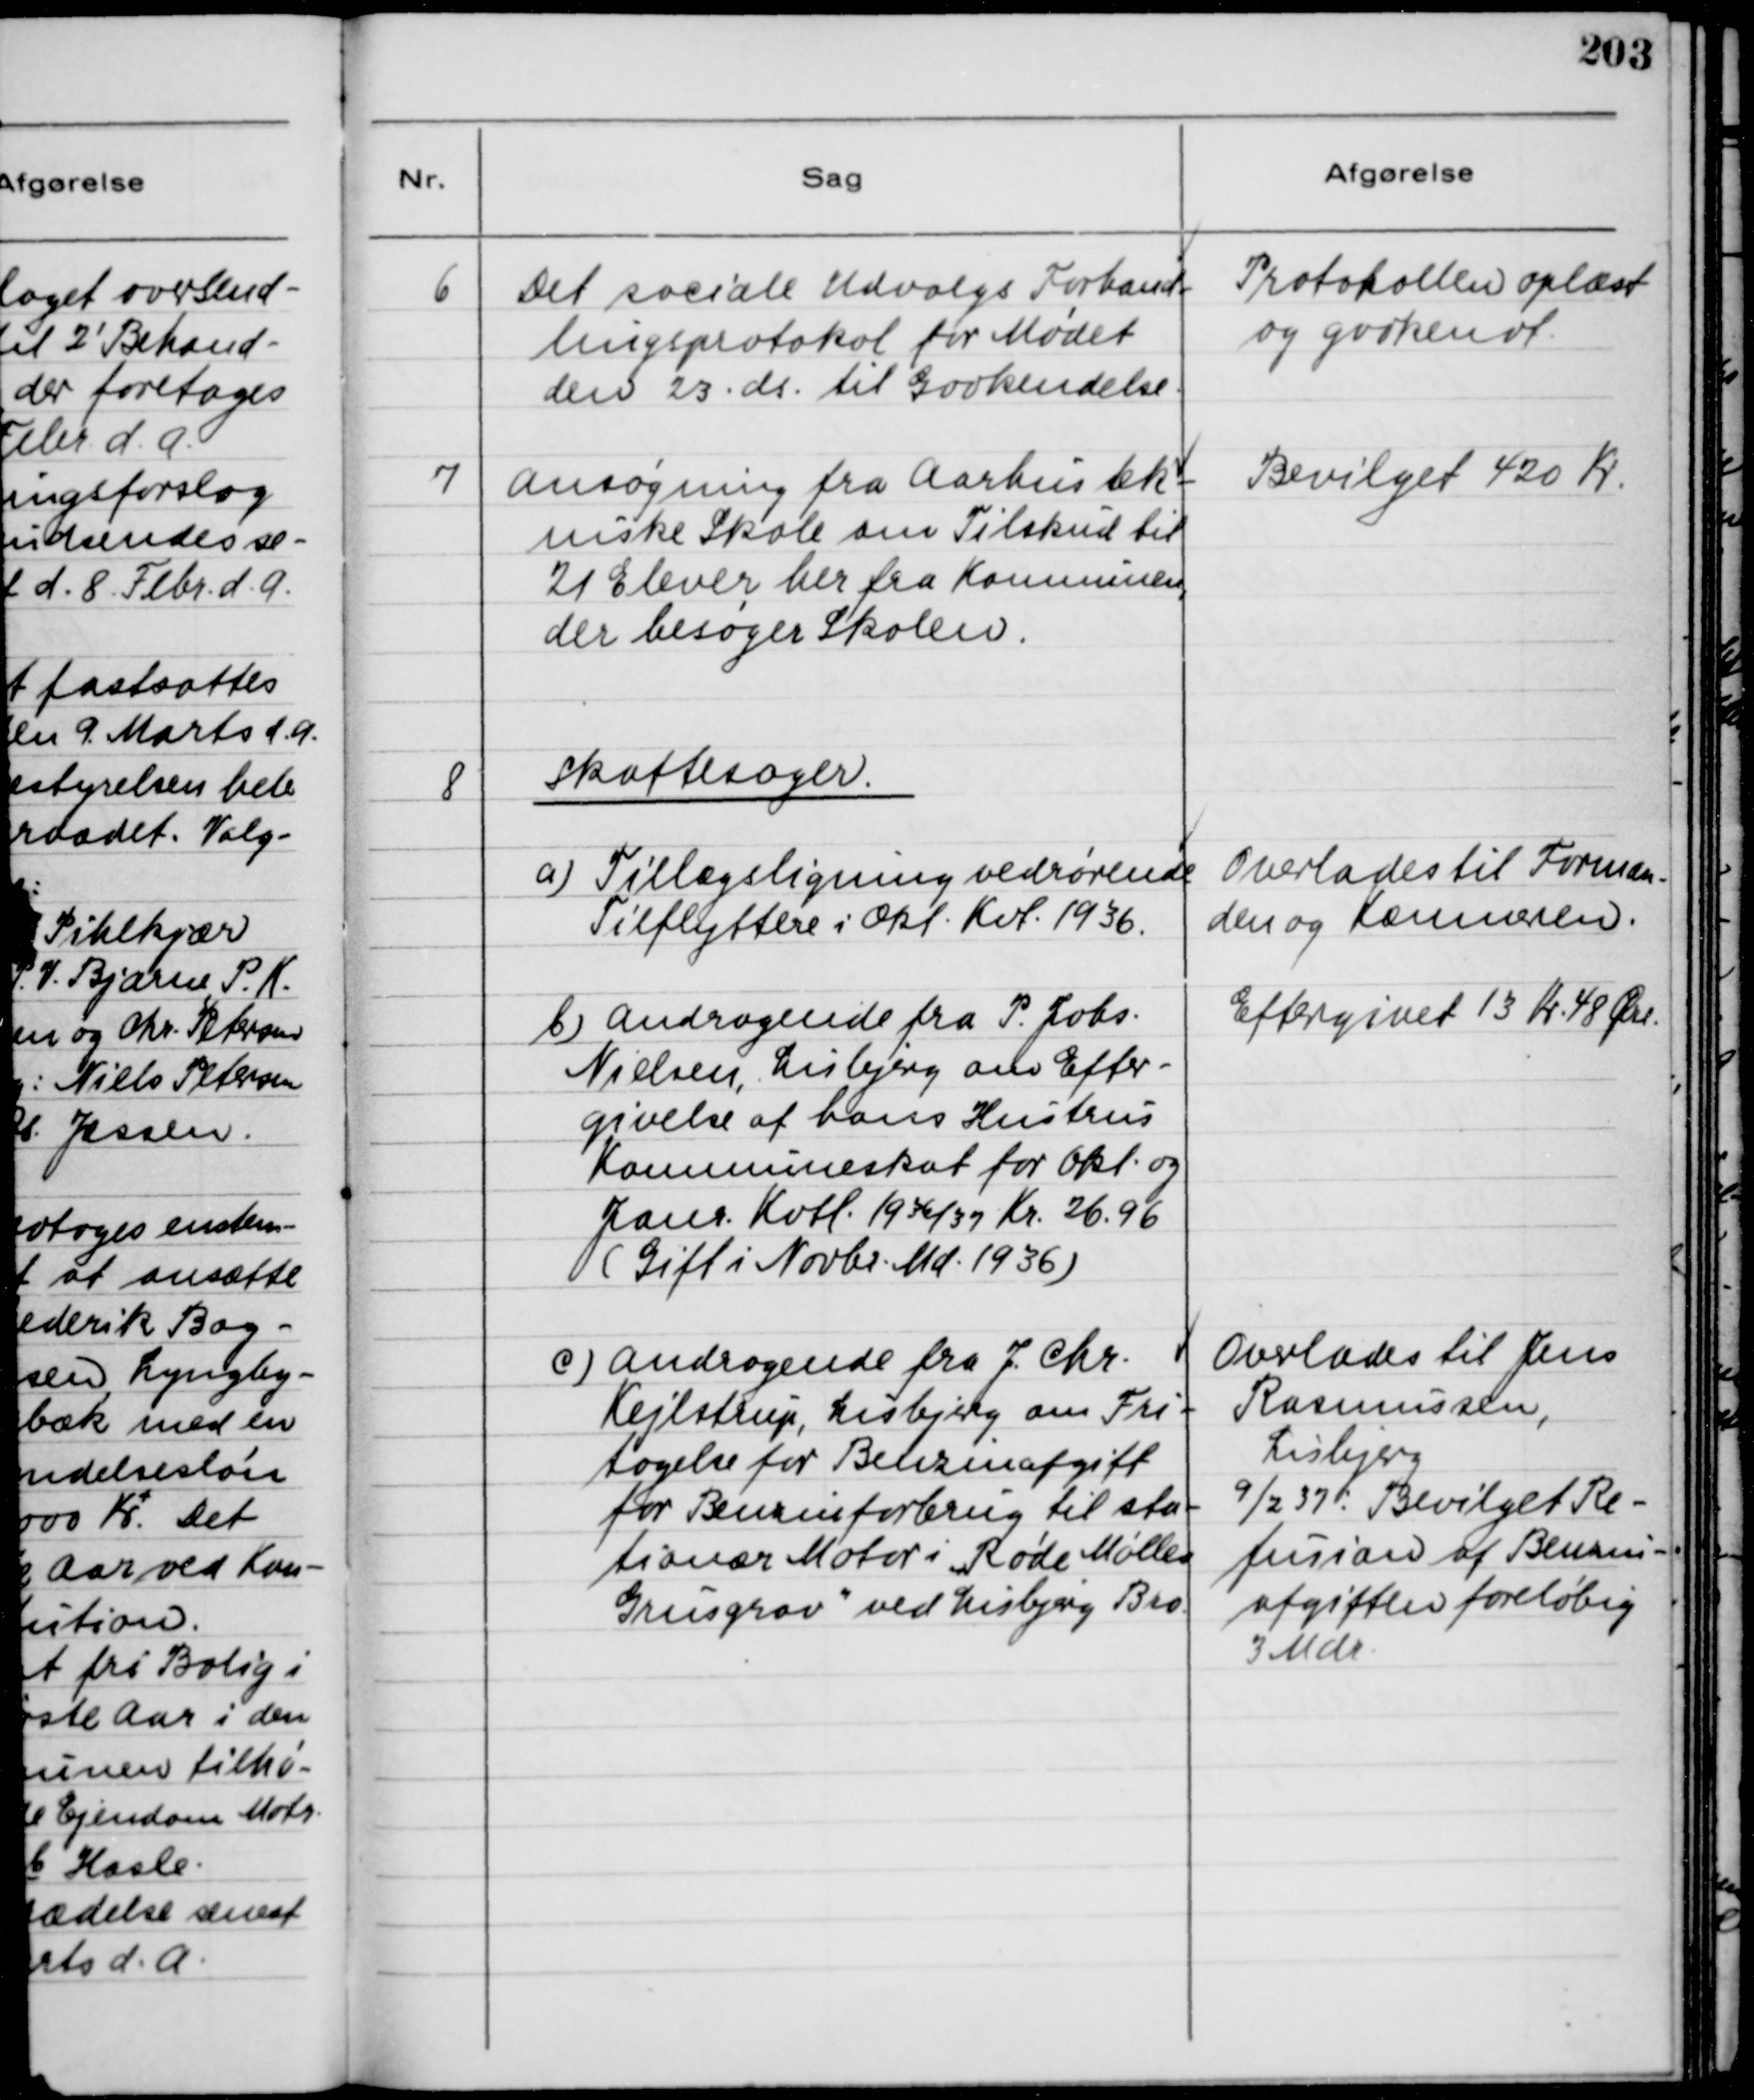
Transskription:
6
Det sociale Udvalgs Forhand-
lingsprotokol for Mødet
den 23. ds. til Godkendelse.

Protokollen oplæst
og godkendt.

7
Ansøgning fra Aarhus tek-
niske Skole om Tilskud til
21 Elever her fra Komnunen ,
der besøger Skolen.

Bevilget 420 Kr.

8
Skattesager.

a) Tillægsligning vedrørende
Tilflyttere i Okt. Kvt. 1936.

Overlades til Forman-
den og Kæmneren.

b) Andragende fra P. Johs.
Nielsen, Lisbjerg om Efter-
givelse af hans Hustrus
Kommuneskat for Okt. og
Janr. Kvtl. 1936/37 Kr. 26.96
( Gift i Novbr. Md. 1936 )

Eftergivet 13 Kr. 18 Øre.

c) Andragende fra J. Chr.
Kejlstrup, Lisbjerg om Fri-
tagelse for Benzinafgift
for Benzinforbrug til sta-
tionær Motor i "Røde Mølles
Grusgrav
"
ved Lisbjerg Bro.

Ovelades til Jens
Rasmussen,
Lisbjerg
9/2 37: Bevilget Re-
fusion af Benzin-
afgiften foreløbig
3 Mdr.